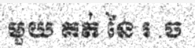
មួយ គត់ នៃ រ .ច